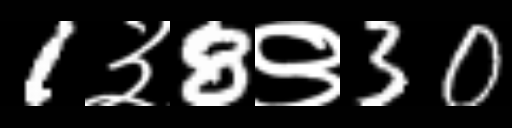
Text: 1३8९30